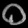
Digit: ၀